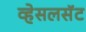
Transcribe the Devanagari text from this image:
व्हेसलसॅट